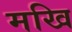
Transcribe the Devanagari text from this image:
मखि